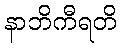
နာဘိကီရတိ